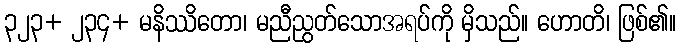
၃၂၃+ ၂၃၄+ မနိဿိတော၊ မညီညွတ်သောအရပ်ကို မှိသည်။ ဟောတိ၊ ဖြစ်၏။